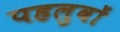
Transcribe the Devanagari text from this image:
पहलुवों